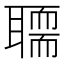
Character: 𰭻